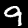
Digit: 9